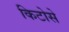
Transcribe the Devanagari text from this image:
किटोसे